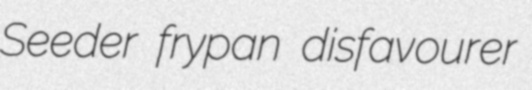
Seeder frypan disfavourer